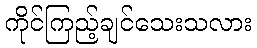
ကိုင်ကြည့်ချင်သေးသလား